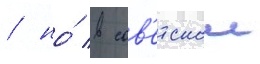
/ но́ в сов'етскои